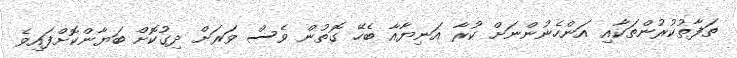
ތަފާތުކުރުންތަކާއި އަންހެނުންނަށް ކުރާ އަނިޔާއާ ބެހޭ ގޮތުން ވެސް ވަރަށް ދިގުކޮށް ބަޔާންކޮށްފައިވެ